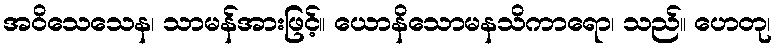
အဝိသေသေန၊ သာမန်အားဖြင့်။ ယောနိသောမနသိကာရော၊ သည်။ ဟေတု၊